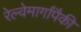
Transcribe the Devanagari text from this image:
रेल्वेमार्गांपैकी